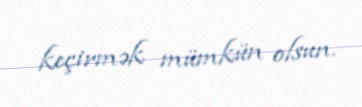
keçirmək mümkün olsun.